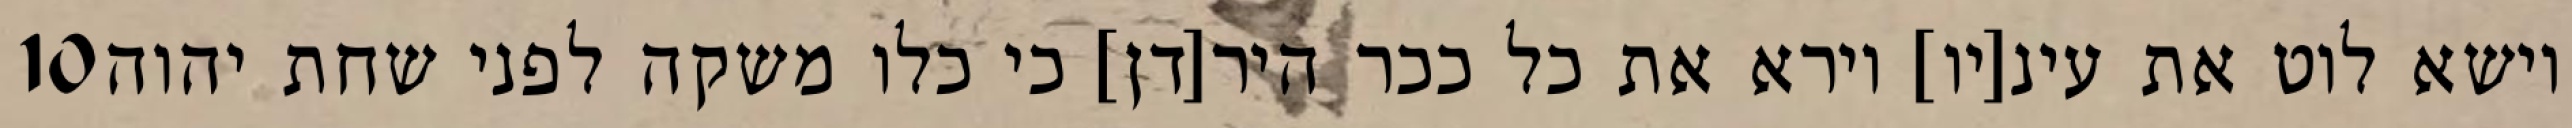
‎10‏ וישא לוט את עינ[יו] וירא את כל ככר היר[דן] כי כלו משקה לפני שחת יהוה